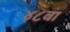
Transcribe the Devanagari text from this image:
४८वा